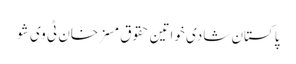
پاکستان شادی خواتین حقوق مسز خان ٹی وی شو